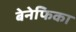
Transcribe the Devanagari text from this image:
बेनेफिका